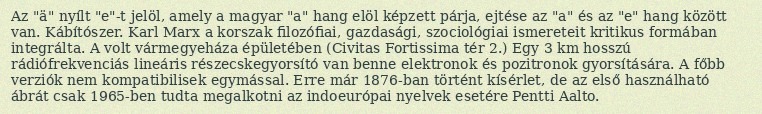
Az "ä" nyílt "e"-t jelöl, amely a magyar "a" hang elöl képzett párja, ejtése az "a" és az "e" hang között van. Kábítószer. Karl Marx a korszak filozófiai, gazdasági, szociológiai ismereteit kritikus formában integrálta. A volt vármegyeháza épületében (Civitas Fortissima tér 2.) Egy 3 km hosszú rádiófrekvenciás lineáris részecskegyorsító van benne elektronok és pozitronok gyorsítására. A főbb verziók nem kompatibilisek egymással. Erre már 1876-ban történt kísérlet, de az első használható ábrát csak 1965-ben tudta megalkotni az indoeurópai nyelvek esetére Pentti Aalto.